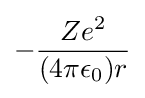
-{\frac {Ze^{2}}{(4\pi \epsilon _{0})r}}